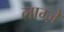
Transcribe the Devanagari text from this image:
लाम्ज़े